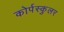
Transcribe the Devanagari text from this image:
कोर्पस्कुलर